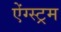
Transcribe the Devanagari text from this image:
ऐंग्स्ट्रम